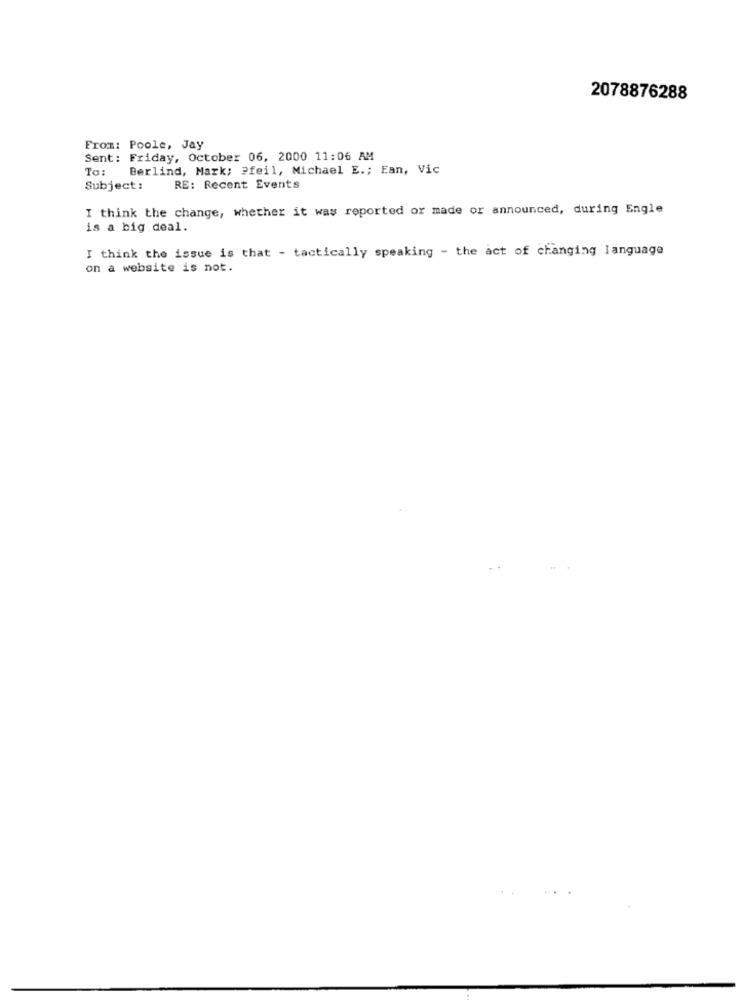
2078876288
From: Poole, Jay
Sent:
Friday, October 06, 2000 11:06 AM
To:
Berlind, Mark; ? feil, Michael E .; Ean, Vic
Subject :
RE: Recent Events
I think the change, whether it was reported or made or announced, during Engle
is a big deal.
I think the issue is that - tactically speaking - the act of changing language
on a website is not.